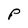
Character: P